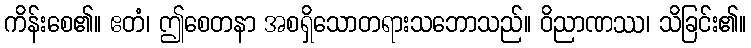
ကိန်းစေ၏။ ဧတံ၊ ဤစေတနာ အစရှိသောတရားသဘောသည်။ ဝိညာဏဿ၊ သိခြင်း၏။